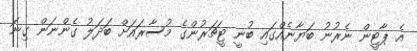
އެ ޕާޓީން ނެރުނު ބަޔާނެއްގައި ބުނީ ޓީޗަރުންގެ މުސާރައަށް ބަދަލު ގެންނަން ގިނަ